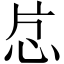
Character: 𬌔